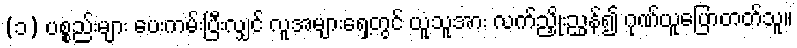
(၁) ပစ္စည်းများ ပေးကမ်းပြီးလျှင် လူအများရှေ့တွင် ယူသူအား လက်ညှိုးညွှန်၍ ဂုဏ်ယူပြောတတ်သူ။